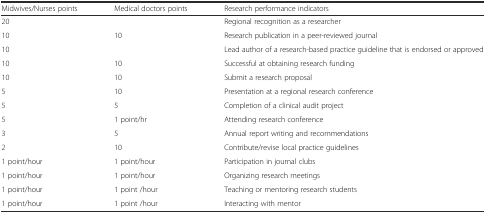
<table><thead><tr><td><b>Midwives/Nurses points</b></td><td><b>Medical doctors points</b></td><td><b>Research performance indicators</b></td></tr></thead><tbody><tr><td>20</td><td></td><td>Regional recognition as a researcher</td></tr><tr><td>10</td><td>10</td><td>Research publication in a peer-reviewed journal</td></tr><tr><td>10</td><td></td><td>Lead author of a research-based practice guideline that is endorsed or approved</td></tr><tr><td>10</td><td>10</td><td>Successful at obtaining research funding</td></tr><tr><td>10</td><td>10</td><td>Submit a research proposal</td></tr><tr><td>5</td><td>10</td><td>Presentation at a regional research conference</td></tr><tr><td>5</td><td>5</td><td>Completion of a clinical audit project</td></tr><tr><td>5</td><td>1 point/hr</td><td>Attending research conference</td></tr><tr><td>3</td><td>5</td><td>Annual report writing and recommendations</td></tr><tr><td>2</td><td>10</td><td>Contribute/revise local practice guidelines</td></tr><tr><td>1 point/hour</td><td>1 point/hour</td><td>Participation in journal clubs</td></tr><tr><td>1 point/hour</td><td>1 point/hour</td><td>Organizing research meetings</td></tr><tr><td>1 point/hour</td><td>1 point /hour</td><td>Teaching or mentoring research students</td></tr><tr><td>1 point/hour</td><td>1 point /hour</td><td>Interacting with mentor</td></tr></tbody></table>